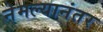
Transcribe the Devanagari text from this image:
नेमल्यानंतर